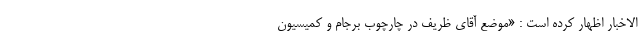
الاخبار اظهار کرده است : «موضع آقای ظریف در چارچوب برجام و کمیسیون